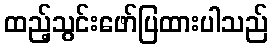
ထည့်သွင်းဖော်ပြထားပါသည်